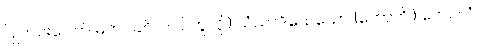
ပြူတင်းပေါက် မတပ်ခင်ကပင်ဟူလို၊) သံဃာဒိသေသော (ဟောတိ၊) ကေဝလံ၊